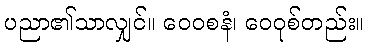
ပညာ၏သာလျှင်။ ဝေဝစနံ၊ ဝေဝုစ်တည်း။